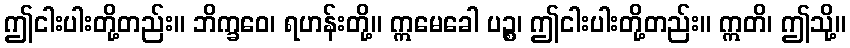
ဤငါးပါးတို့တည်း။ ဘိက္ခဝေ၊ ရဟန်းတို့။ ဣမေခေါ ပဉ္စ၊ ဤငါးပါးတို့တည်း။ ဣတိ၊ ဤသို့။